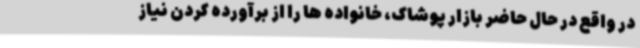
در واقع در حال حاضر بازار پوشاک، خانواده ها را از برآورده کردن نیاز